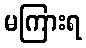
မကြားရ